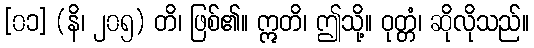
[၀၁] (နိ၊ ၂၀၅) တိ၊ ဖြစ်၏။ ဣတိ၊ ဤသို့။ ဝုတ္တံ၊ ဆိုလိုသည်။